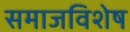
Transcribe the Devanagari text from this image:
समाजविशेष